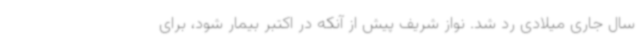
سال جاری میلادی رد شد. نواز شریف پیش از آنکه در اکتبر بیمار شود، برای